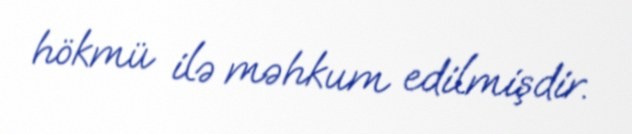
hökmü ilə məhkum edilmişdir.